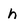
Character: h